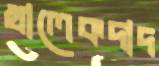
খালেকদাদ